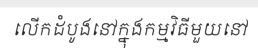
លើកដំបូងនៅក្នុងកម្មវិធីមួយនៅ